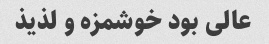
عالی بود خوشمزه و لذیذ